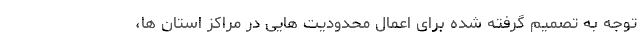
توجه به تصمیم گرفته شده برای اعمال محدودیت هایی در مراکز استان ها،